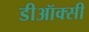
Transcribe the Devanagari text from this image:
डीऑक्सी